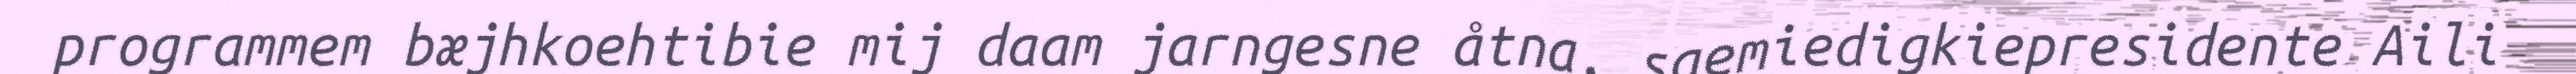
programmem bæjhkoehtibie mij daam jarngesne åtna, saemiedigkiepresidente Aili